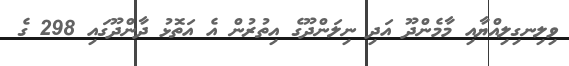
ވިލިނގިލިއްޔާއި މާމެންދޫ އަދި ނިލަންދޫގެ އިތުރުން އެ އަތޮޅު ދާންދޫގައި 298 ގެ